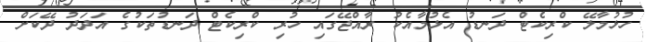
ހުޅުމާލޭ ކްރިކެޓް ދަނޑު އެޅުމާއެކު ރާއްޖޭގައި ހުރި ކްރިކެޓް ދަނޑުތަކުގެ އަދަދު ދޭކަށް